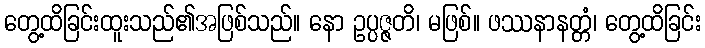
တွေ့ထိခြင်းထူးသည်၏အဖြစ်သည်။ နော ဥပ္ပဇ္ဇတိ၊ မဖြစ်။ ဖဿနာနတ္တံ၊ တွေ့ထိခြင်း